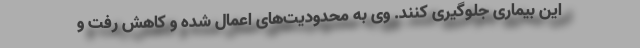
این بیماری جلوگیری کنند. وی به محدودیت‌های اعمال شده و کاهش رفت و